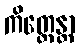
ကိတ္တေန္တာ